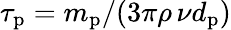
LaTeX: \tau_{\mathrm{p}}=m_{\mathrm{p}}/(3\pi\rho\, \nu d_{\mathrm{p}})